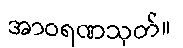
အာဝရဏသုတ်။